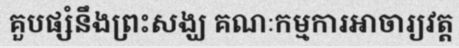
គួបផ្សំនឹងព្រះសង្ឃ គណៈកម្មការអាចារ្យវត្ត